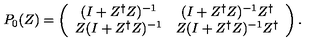
P _ { 0 } ( Z ) = \left( \begin{array} { c c } { ( I + Z ^ { \dag } Z ) ^ { - 1 } } & { ( I + Z ^ { \dag } Z ) ^ { - 1 } Z ^ { \dag } } \\ { Z ( I + Z ^ { \dag } Z ) ^ { - 1 } } & { Z ( I + Z ^ { \dag } Z ) ^ { - 1 } Z ^ { \dag } } \\ \end{array} \right) .